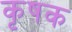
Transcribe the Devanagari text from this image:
कृषक